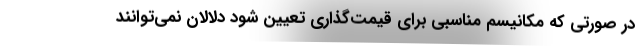
در صورتی که مکانیسم مناسبی برای قیمت‌گذاری تعیین شود دلالان نمی‌توانند